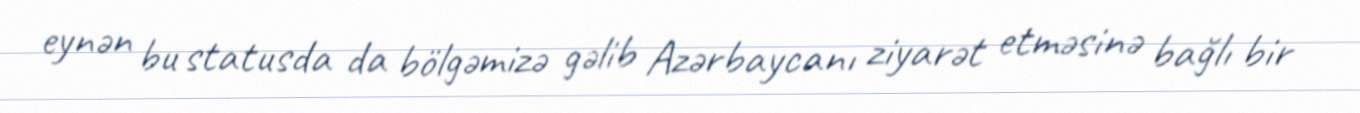
eynən bu statusda da bölgəmizə gəlib Azərbaycanı ziyarət etməsinə bağlı bir